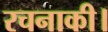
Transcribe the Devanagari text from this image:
रचनाकी।